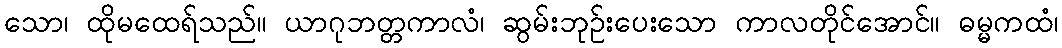
သော၊ ထိုမထေရ်သည်။ ယာဂုဘတ္တကာလံ၊ ဆွမ်းဘုဉ်းပေးသော ကာလတိုင်အောင်။ ဓမ္မကထံ၊